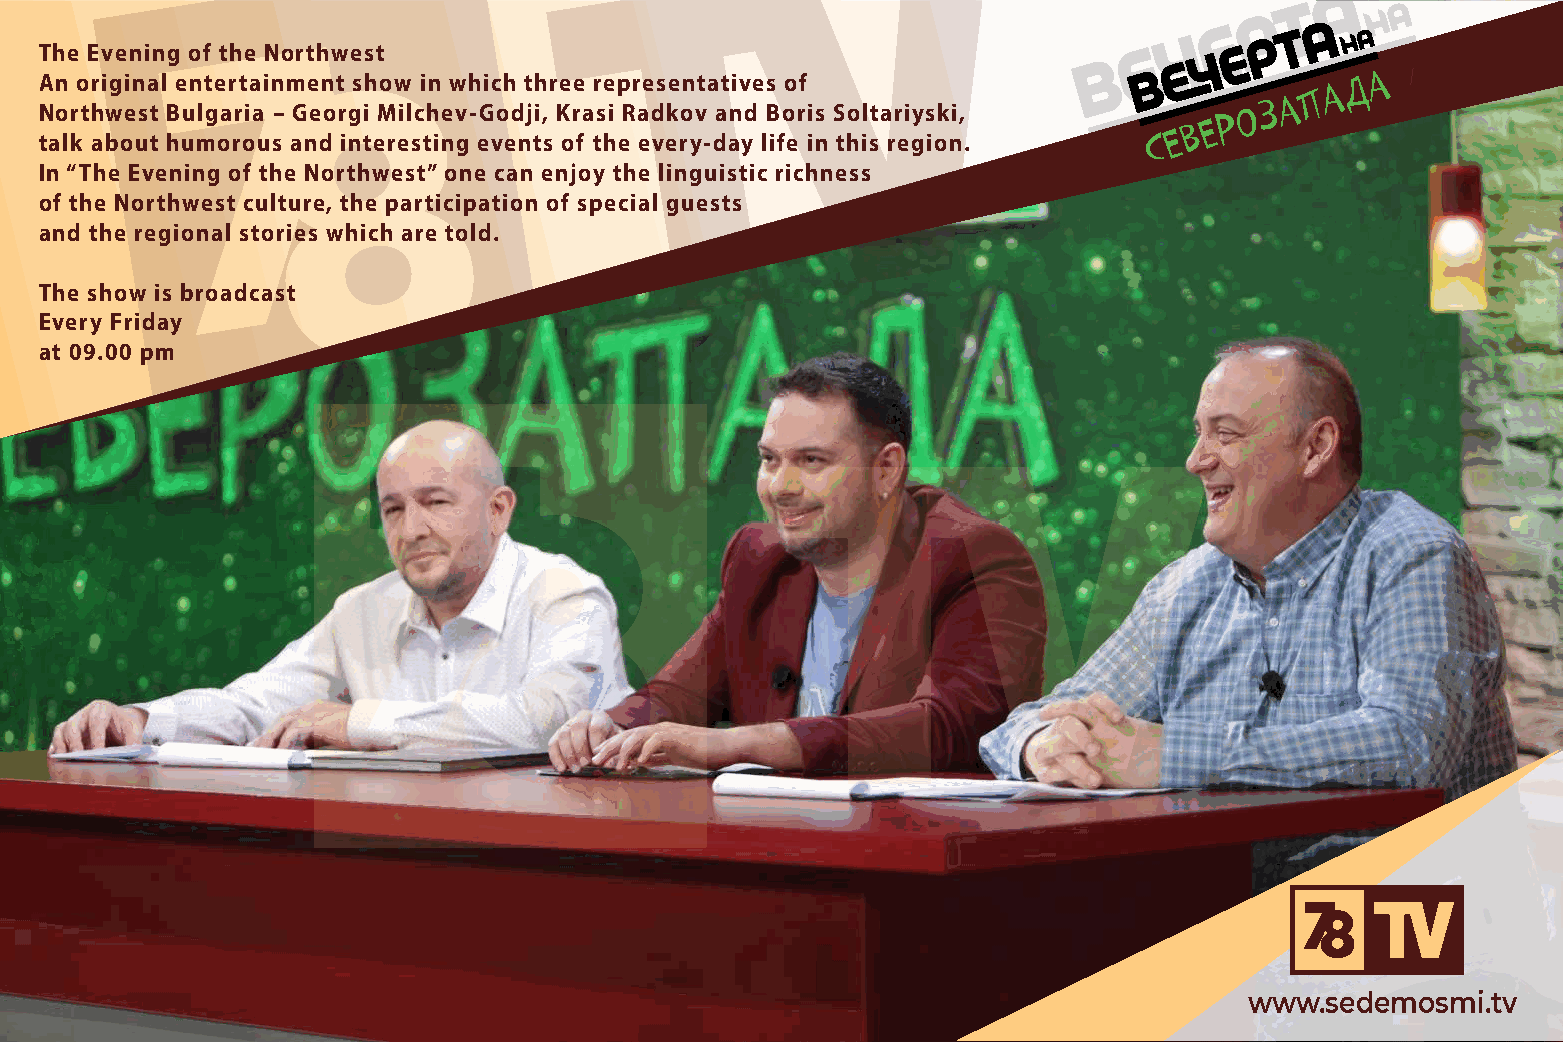
The Evening of the Northwest
 An original entertainment show in which three representatives of
 Northwest Bulgaria – Georgi Milchev-Godji, Krasi Radkov and Boris Soltariyski,
 talk about humorous and interesting events of the every-day life in this region.
 In “The Evening of the Northwest” one can enjoy the linguistic richness
 of the Northwest culture, the participation of special guests
 and the regional stories which are told.
 The show is broadcast
 Every Friday
 at 09.00 pm
 www.sedemosmi.tv